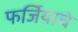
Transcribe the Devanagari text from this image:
फर्जियाचे